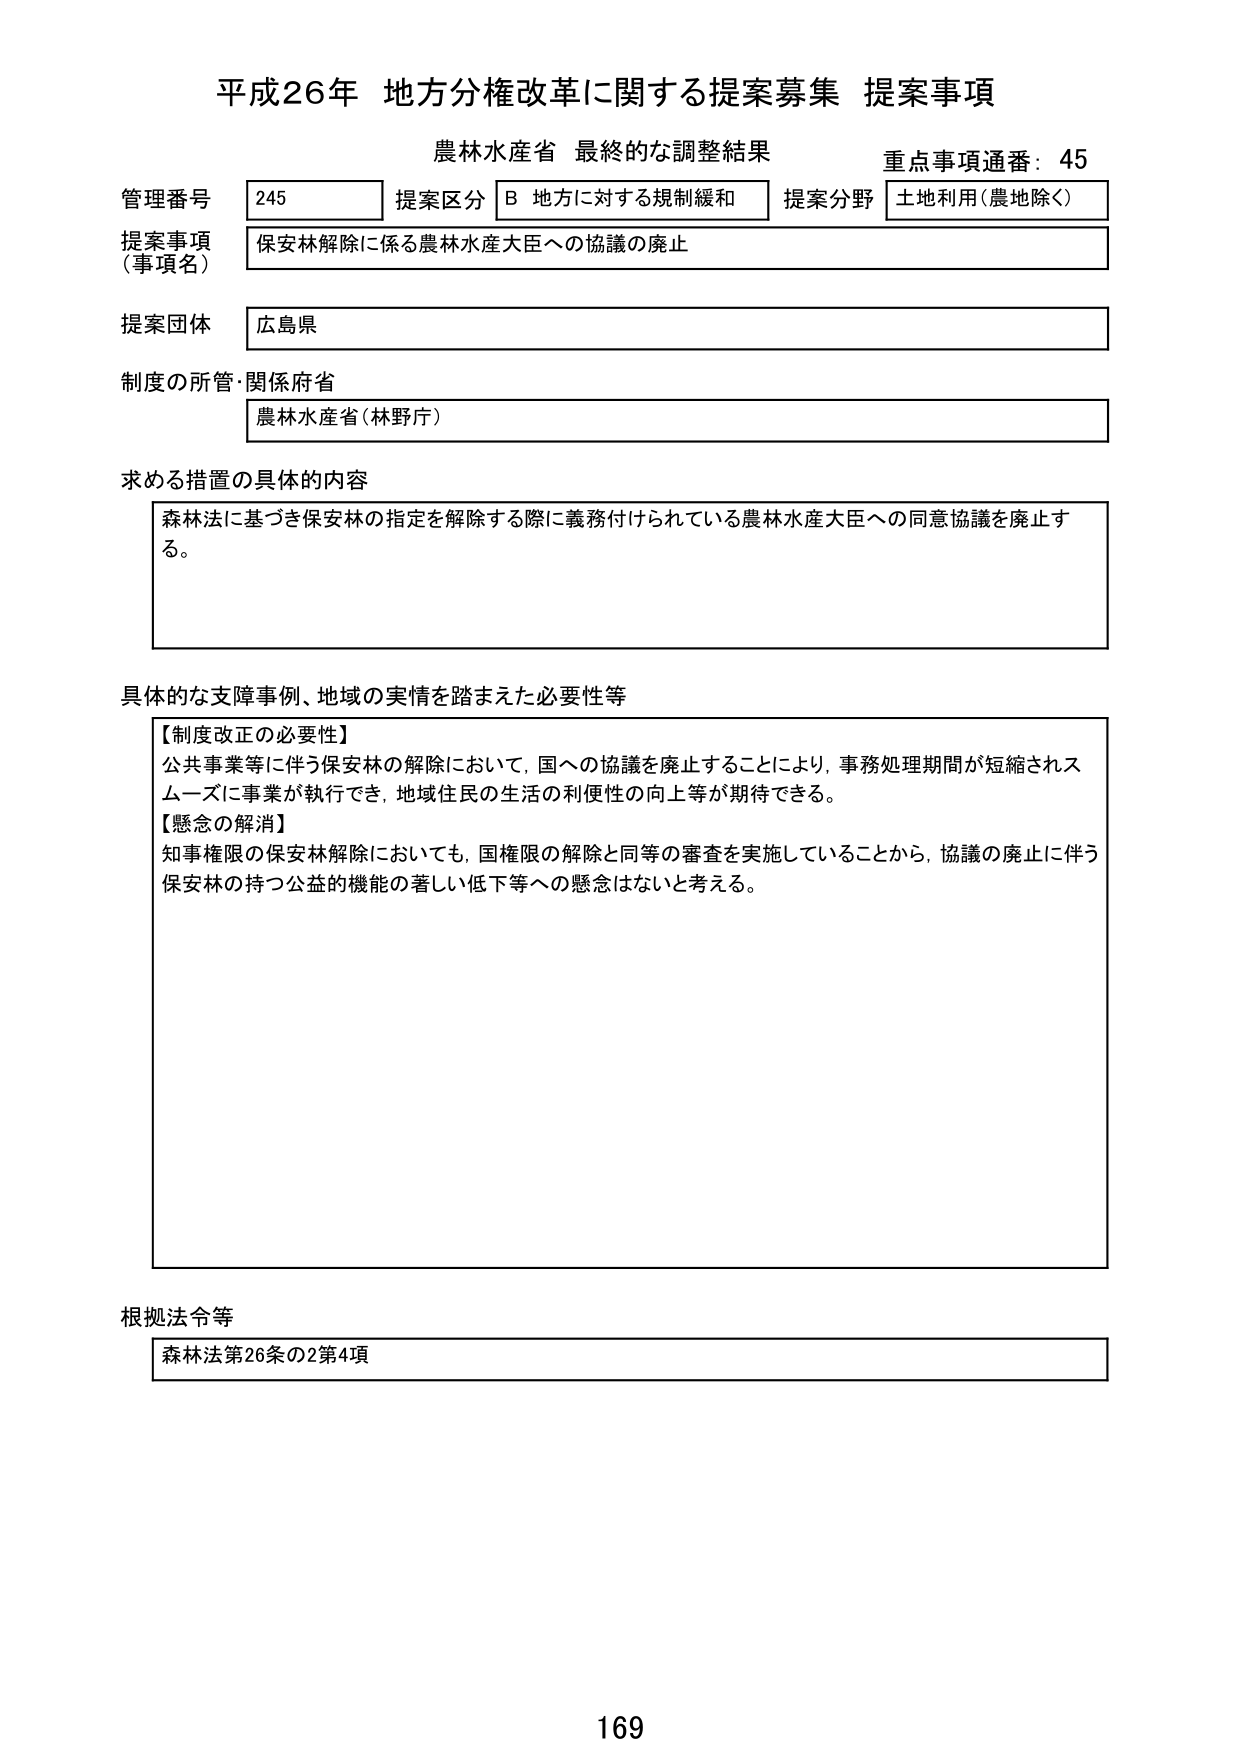
平成26年 地方分権改革に関する提案募集 提案事項
農林水産省 最終的な調整結果
重点事項通番：45

管理番号 245
提案区分 B 地方に対する規制緩和
提案分野 土地利用（農地除く）

提案事項（事項名）
保安林解除に係る農林水産大臣への協議の廃止

提案団体
広島県

制度の所管・関係府省
農林水産省（林野庁）

求める措置の具体的な内容
森法に基づき保安林の指定を解除する際に義務付けられている農林水産大臣への同意協議を廃止する。

具体的な支障事例、地域の実情を踏まえた必要性等
【制度改正の必要性】
公共事業等に伴う保安林の解除において、国への協議を廃止することにより、事務処理期間が短縮されスムーズに事業が執行でき、地域住民の生活の利便性の向上等が期待できる。
【懸念の解消】
知事権限の保安林解除においても、国権限の解除と同等の審査を実施していることから、協議の廃止に伴う保安林の持つ公益的機能の著しい低下等への懸念はないと考える。

根拠法令等
森林法第26条の2第4項

169